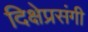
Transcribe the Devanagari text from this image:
दिक्षेप्रसंगी